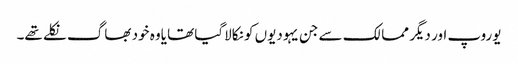
یوروپ اور دیگر ممالک سے جن یہودیوں کو نکالاگیا تھا یاوہ خود بھاگ نکلے تھے۔